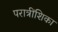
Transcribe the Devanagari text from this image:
परात्रींशिका